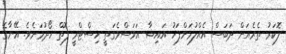
ލޮކަރު ތެރެއަށް ދަބަސް އެއްލުމަށްފަހު އައިޝާ އަވަސްވެގަތީ ހިސްޓްރީ ފޮތް ހޯދުމަށެވެ. އޭނާގެ